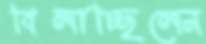
বিলাচ্ছিলেন